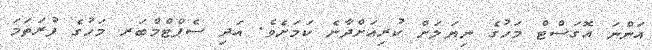
އަންނަ އޮގަސްޓް މަހުގެ ނިޔަލަށް ކުރިއަށްދާނެ ކަމަށެވެ. އަދި ސެޕްޓްމްބަރ މަހުގެ ފުރަތަމަ